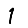
Digit: 1